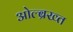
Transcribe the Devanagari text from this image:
ओल्ब्रख्त